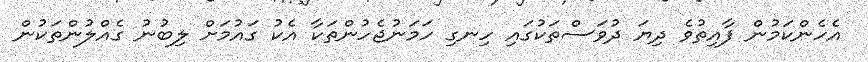
އެހެންކަމުން ފާއިތުވެ ދިޔަ ދުވަސްތަކުގައި ހިނގި ހަމަނުޖެހުންތަކާ އެކު ގައުމަށް ލިބުނު ގެއްލުންތަކުން